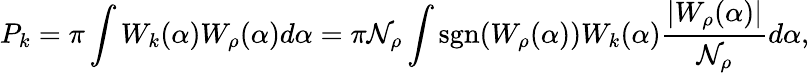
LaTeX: P_{k}=\pi\int W_{k}(\alpha)W_{\rho}(\alpha)d\alpha=\pi\mathcal{N}_{\rho}\int\mathrm{sgn}(W_{\rho}(\alpha))W_{k}(\alpha)\frac{|W_{\rho}(\alpha)|}{\mathcal{N}_{\rho}}d\alpha,